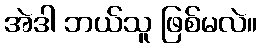
အဲဒါ ဘယ်သူ ဖြစ်မလဲ။